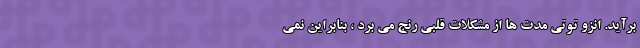
برآید. انزو توتی مدت ها از مشکلات قلبی رنج می برد ، بنابراین نمی